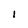
Character: i